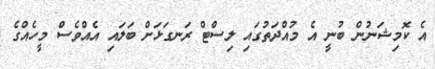
އެ ކޮމިޝަނުން ބުނީ އެ މުއްދަތުގައި ލިސްޓް ރަނގަޅަށް ބަލައި އެއްވެސް މީހެއްގެ